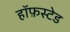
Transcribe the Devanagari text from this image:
हॉफ़स्टेड